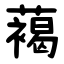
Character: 䕣